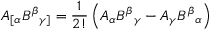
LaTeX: A _ { [ \alpha } B ^ { \beta } { } _ { \gamma ] } = { \frac { 1 } { 2 ! } } \left( A _ { \alpha } B ^ { \beta } { } _ { \gamma } - A _ { \gamma } B ^ { \beta } { } _ { \alpha } \right)